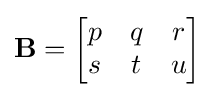
\mathbf {B} ={\begin{bmatrix}p&q&r\\s&t&u\\\end{bmatrix}}